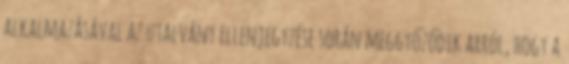
alkalmazásával az utalvány ellenjegyzése során meggyőződik arról, hogy a